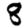
Digit: 8